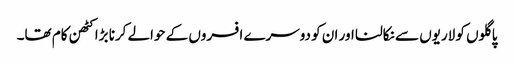
پاگلوں کو لاریوں سے نکالنا اور ان کو دوسرے افسروں کے حوالے کرنا بڑا کٹھن کام تھا۔